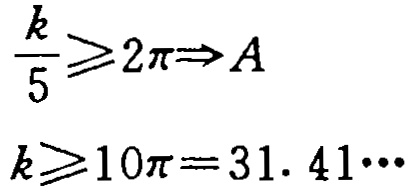
\[\frac{k}{5}\geqslant 2\pi\Rightarrow A\]

\[k\geqslant 10\pi = 31. \ 41\cdots\]